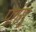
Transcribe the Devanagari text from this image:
पतंगु